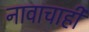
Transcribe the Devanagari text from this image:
नावाचाही